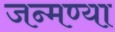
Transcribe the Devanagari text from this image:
जन्मण्या